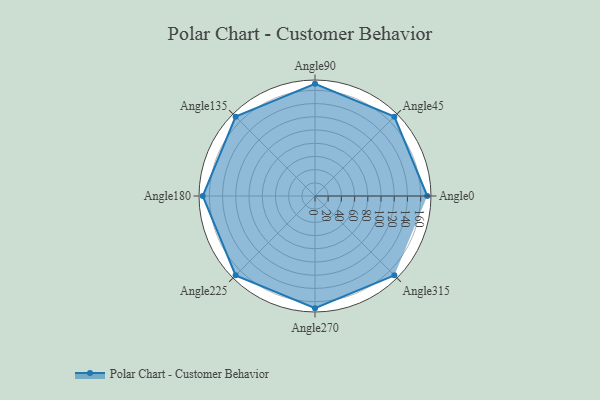
{"axis": {"x": "Angle", "y": "Radius"}, "legend": [""], "data": [{"x": "Angle0", "y": 170, "type": ""}, {"x": "Angle45", "y": 170.0, "type": ""}, {"x": "Angle90", "y": 170, "type": ""}, {"x": "Angle135", "y": 170, "type": ""}, {"x": "Angle180", "y": 170, "type": ""}, {"x": "Angle225", "y": 170, "type": ""}, {"x": "Angle270", "y": 170, "type": ""}, {"x": "Angle315", "y": 170, "type": ""}]}